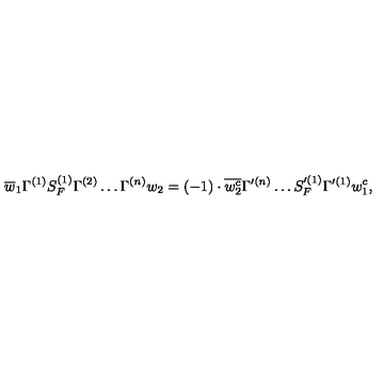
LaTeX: \overline { { w } } _ { 1 } \Gamma ^ { ( 1 ) } S _ { F } ^ { ( 1 ) } \Gamma ^ { ( 2 ) } \ldots \Gamma ^ { ( n ) } w _ { 2 } = ( - 1 ) \cdot \overline { { w _ { 2 } ^ { c } } } \Gamma ^ { \prime ( n ) } \ldots S _ { F } ^ { \prime ( 1 ) } \Gamma ^ { \prime ( 1 ) } w _ { 1 } ^ { c } ,